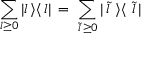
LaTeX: \sum _ { l \geq 0 } | l \, \rangle \langle \, l | \, = \, \sum _ { \, \tilde { l } \, \geq 0 } | \, \tilde { l } \, \, \rangle \langle \, \, \tilde { l } \, |